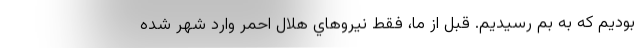
بوديم كه به بم رسيديم. قبل از ما، فقط نيروهاي هلال احمر وارد شهر شده